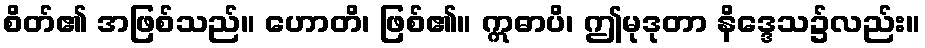
စိတ်၏ အဖြစ်သည်။ ဟောတိ၊ ဖြစ်၏။ ဣဓာပိ၊ ဤမုဒုတာ နိဒ္ဒေသ၌လည်း။